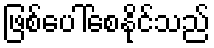
ဖြစ်ပေါ်စေနိုင်သည်